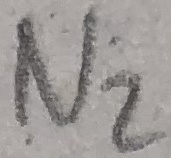
Text: N2